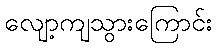
လျော့ကျသွားကြောင်း